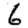
Digit: 6